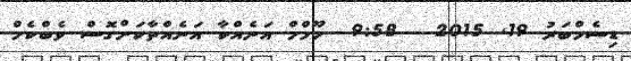
ޑިސެމްބަރު 19